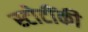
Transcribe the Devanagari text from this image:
स्टोटींकी